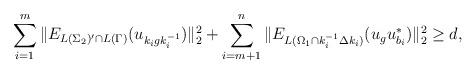
LaTeX: \begin{align*}\sum_{i=1}^m\|E_{L(\Sigma_2)'\cap L(\Gamma)}(u_{k_igk_i^{-1}})\|_2^2+\sum_{i=m+1}^n\|E_{L(\Omega_1\cap k_i^{-1}\Delta k_i)}(u_gu_{b_i}^*)\|_2^2 \geq d,\;\;\;\;\end{align*}